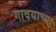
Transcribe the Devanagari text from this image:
गावयाच्या